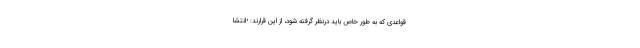
قواعدی که به طور خاص باید درنظر گرفته شود، از این قرارند: •‌انتشا